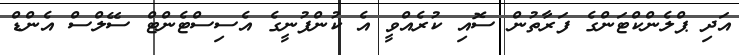
އަދި ޕްލެންކްޓަންގެ ފަރާތުން ސޮއި ކުރެއްވީ އެ ކުންފުނީގެ އެސިސްޓެންޓް ސޭލްސް އެންޑް